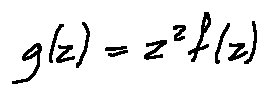
g ( z ) = z ^ { 2 } f ( z )